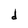
Character: d